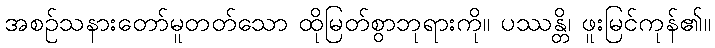
အစဉ်သနားတော်မူတတ်သော ထိုမြတ်စွာဘုရားကို။ ပဿန္တိ၊ ဖူးမြင်ကုန်၏။